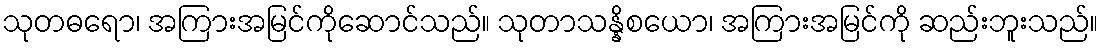
သုတဓရော၊ အကြားအမြင်ကိုဆောင်သည်။ သုတာသန္နိစယော၊ အကြားအမြင်ကို ဆည်းဘူးသည်။